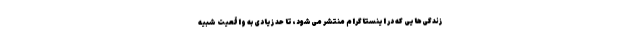
زندگی‌هایی که در اینستاگرام منتشر می‌شود، تا حد زیادی به واقعیت شبیه